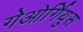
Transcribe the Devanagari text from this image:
गेओर्गियुस